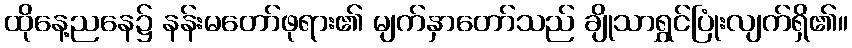
ထိုနေ့ညနေ၌ နန်းမတော်ဖုရား၏ မျက်နှာတော်သည် ချိုသာရွှင်ပြုံးလျက်ရှိ၏။